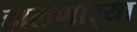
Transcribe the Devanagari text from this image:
हालणार्‍या